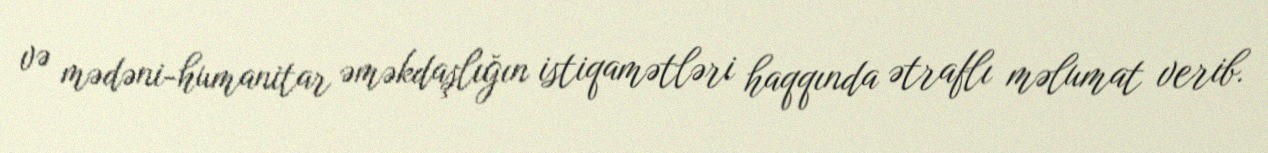
və mədəni-humanitar əməkdaşlığın istiqamətləri haqqında ətraflı məlumat verib.